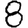
Digit: 8